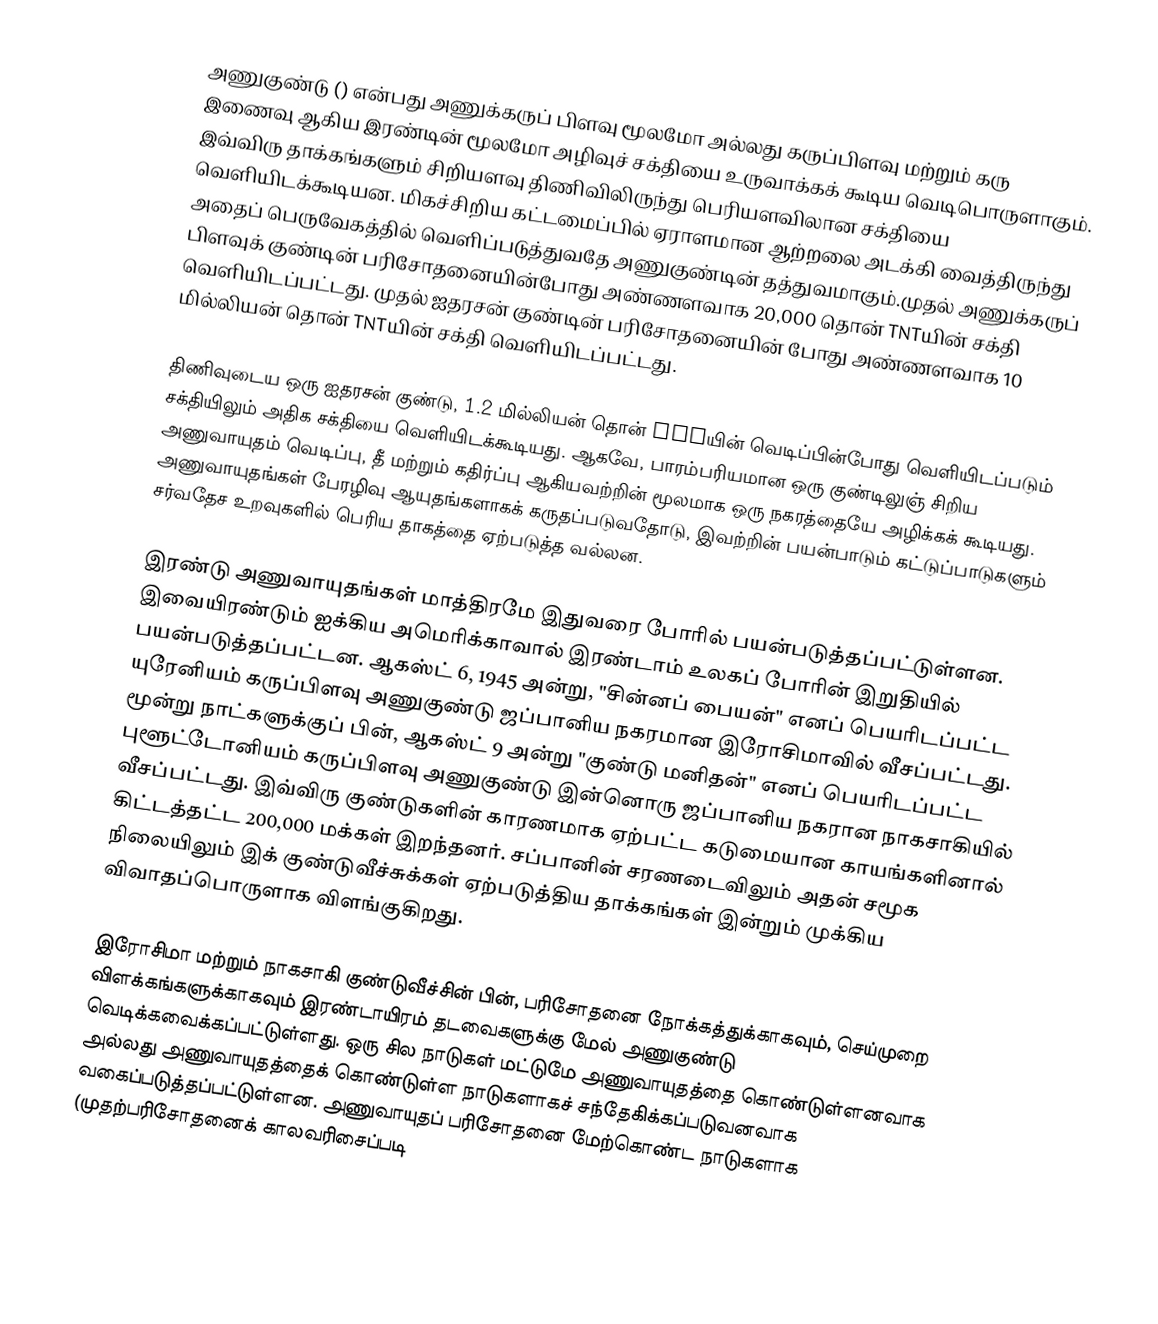
அணுகுண்டு () என்பது அணுக்கருப் பிளவு மூலமோ அல்லது கருப்பிளவு மற்றும் கரு இணைவு ஆகிய இரண்டின் மூலமோ அழிவுச் சக்தியை உருவாக்கக் கூடிய வெடிபொருளாகும். இவ்விரு தாக்கங்களும் சிறியளவு திணிவிலிருந்து பெரியளவிலான சக்தியை வெளியிடக்கூடியன. மிகச்சிறிய கட்டமைப்பில் ஏராளமான ஆற்றலை அடக்கி வைத்திருந்து அதைப் பெருவேகத்தில் வெளிப்படுத்துவதே அணுகுண்டின் தத்துவமாகும்.முதல் அணுக்கருப் பிளவுக் குண்டின் பரிசோதனையின்போது அண்ணளவாக 20,000 தொன் TNTயின் சக்தி வெளியிடப்பட்டது. முதல் ஐதரசன் குண்டின் பரிசோதனையின் போது அண்ணளவாக 10 மில்லியன் தொன் TNTயின் சக்தி வெளியிடப்பட்டது.

 திணிவுடைய ஒரு ஐதரசன் குண்டு, 1.2 மில்லியன் தொன் TNTயின் வெடிப்பின்போது வெளியிடப்படும் சக்தியிலும் அதிக சக்தியை வெளியிடக்கூடியது. ஆகவே, பாரம்பரியமான ஒரு குண்டிலுஞ் சிறிய அணுவாயுதம் வெடிப்பு, தீ மற்றும் கதிர்ப்பு ஆகியவற்றின் மூலமாக ஒரு நகரத்தையே அழிக்கக் கூடியது. அணுவாயுதங்கள் பேரழிவு ஆயுதங்களாகக் கருதப்படுவதோடு, இவற்றின் பயன்பாடும் கட்டுப்பாடுகளும் சர்வதேச உறவுகளில் பெரிய தாகத்தை ஏற்படுத்த வல்லன.

இரண்டு அணுவாயுதங்கள் மாத்திரமே இதுவரை போரில் பயன்படுத்தப்பட்டுள்ளன. இவையிரண்டும் ஐக்கிய அமெரிக்காவால் இரண்டாம் உலகப் போரின் இறுதியில் பயன்படுத்தப்பட்டன. ஆகஸ்ட் 6, 1945 அன்று, "சின்னப் பையன்" எனப் பெயரிடப்பட்ட யுரேனியம் கருப்பிளவு அணுகுண்டு ஜப்பானிய நகரமான இரோசிமாவில் வீசப்பட்டது. மூன்று நாட்களுக்குப் பின், ஆகஸ்ட் 9 அன்று "குண்டு மனிதன்" எனப் பெயரிடப்பட்ட புளூட்டோனியம் கருப்பிளவு அணுகுண்டு இன்னொரு ஜப்பானிய நகரான நாகசாகியில் வீசப்பட்டது. இவ்விரு குண்டுகளின் காரணமாக ஏற்பட்ட கடுமையான காயங்களினால் கிட்டத்தட்ட 200,000 மக்கள் இறந்தனர். சப்பானின் சரணடைவிலும் அதன் சமூக நிலையிலும் இக் குண்டுவீச்சுக்கள் ஏற்படுத்திய தாக்கங்கள் இன்றும் முக்கிய விவாதப்பொருளாக விளங்குகிறது.

இரோசிமா மற்றும் நாகசாகி குண்டுவீச்சின் பின், பரிசோதனை நோக்கத்துக்காகவும், செய்முறை விளக்கங்களுக்காகவும் இரண்டாயிரம் தடவைகளுக்கு மேல் அணுகுண்டு வெடிக்கவைக்கப்பட்டுள்ளது. ஒரு சில நாடுகள் மட்டுமே அணுவாயுதத்தை கொண்டுள்ளனவாக அல்லது அணுவாயுதத்தைக் கொண்டுள்ள நாடுகளாகச் சந்தேகிக்கப்படுவனவாக வகைப்படுத்தப்பட்டுள்ளன. அணுவாயுதப் பரிசோதனை மேற்கொண்ட நாடுகளாக (முதற்பரிசோதனைக் காலவரிசைப்படி